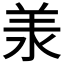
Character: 𣴎